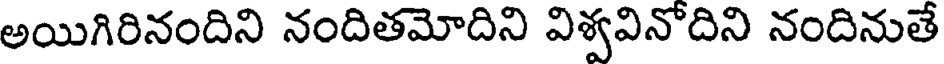
అయిగిరినందిని నందితమోదిని విశ్వవినోదిని నందినుతే